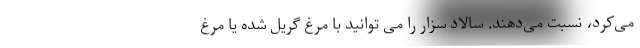
می‌کرد، نسبت می‌دهند. سالاد سزار را می توانید با مرغ گریل شده یا مرغ